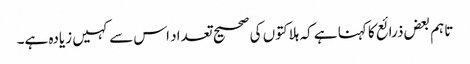
تاہم بعض ذرائع کا کہنا ہے کہ ہلاکتوں کی صحیح تعداد اس سے کہیں زیادہ ہے۔